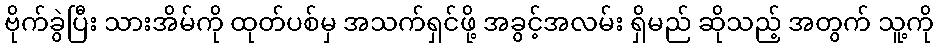
ဗိုက်ခွဲပြီး သားအိမ်ကို ထုတ်ပစ်မှ အသက်ရှင်ဖို့ အခွင့်အလမ်း ရှိမည် ဆိုသည့် အတွက် သူ့ကို